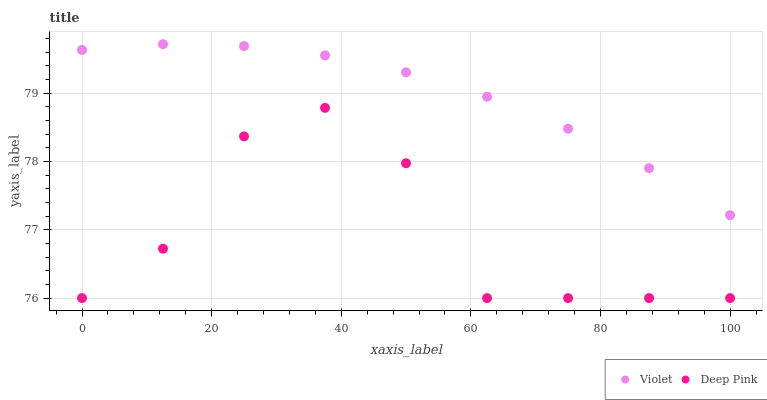
| xaxis_label | Violet | Deep Pink |
 | --- | --- | --- |
 | 0 | 79.6 | 76 |
 | 12.5 | 79.7 | 76.7 |
 | 25 | 79.7 | 78.4 |
 | 37.5 | 79.6 | 78.8 |
 | 50 | 79.3 | 78 |
 | 62.5 | 78.9 | 76 |
 | 75 | 78.5 | 76 |
 | 87.5 | 77.9 | 76 |
 | 100 | 77.2 | 76 |